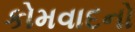
કોમવાદનો